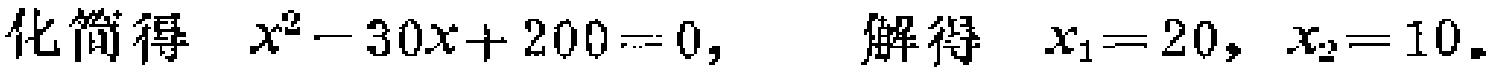
化简得 \(x^{2}-30x + 200 = 0\)，解得 \(x_{1}=20\)，\(x_{2}=10\)。